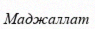
Маджаллат